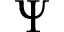
\Psi